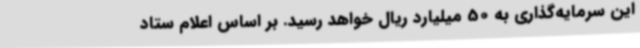
این سرمایه‌گذاری به 50 میلیارد ریال خواهد رسید. بر اساس اعلام ستاد